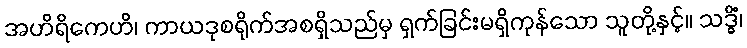
အဟိရိကေဟိ၊ ကာယဒုစရိုက်အစရှိသည်မှ ရှက်ခြင်းမရှိကုန်သော သူတို့နှင့်။ သဒ္ဓိံ၊